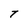
Character: T